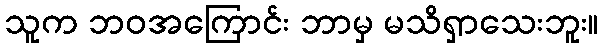
သူက ဘဝအကြောင်း ဘာမှ မသိရှာသေးဘူး။